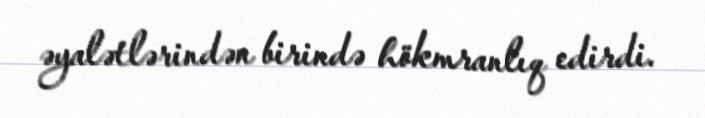
əyalətlərindən birində hökmranlıq edirdi.